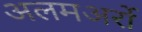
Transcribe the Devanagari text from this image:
अलमअर्रो